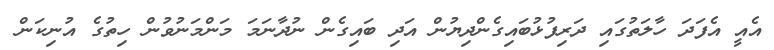
އެއީ އެފަދަ ހާލަތުގައި ދަރިފުޅުބައިގެންދިޔުން އަދި ބައިގެން ނުދާނަމަ މަންމަނުވުން ހިތުގެ އުނިކަން